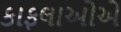
કાફલાઓએ